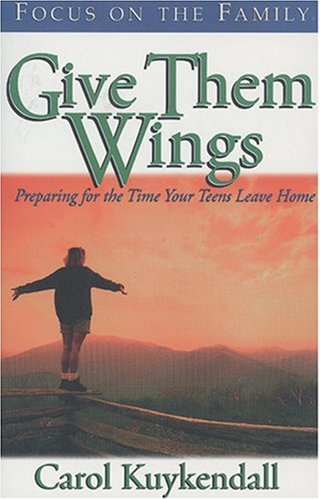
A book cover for Give Them Wings: Preparing for the Time Your Teens Leave Home; Carol Kuykendall; Parenting & Relationships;